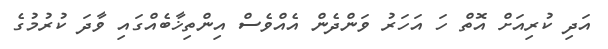
އަދި ކުރިއަށް އޮތް ހަ އަހަރު ވަންދެން އެއްވެސް އިންތިޚާބެއްގައި ވާދަ ކުރުމުގެ